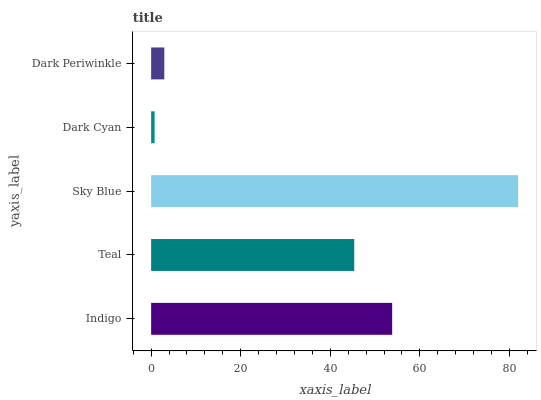
| yaxis_label | bars |
 | --- | --- |
 | Indigo | 53.8 |
 | Teal | 45.4 |
 | Sky Blue | 81.9 |
 | Dark Cyan | 0.775 |
 | Dark Periwinkle | 2.94 |